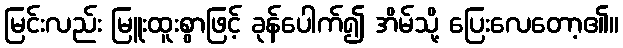
မြင်းလည်း မြူးထူးစွာဖြင့် ခုန်ပေါက်၍ အိမ်သို့ ပြေးလေတော့၏။